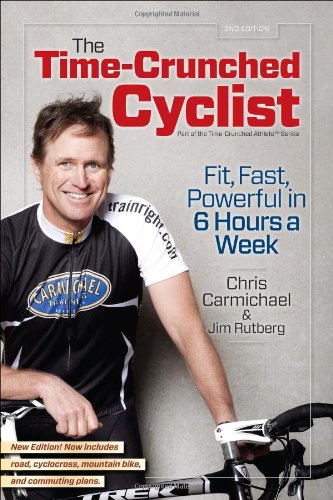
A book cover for The Time-Crunched Cyclist, 2nd Ed.: Fit, Fast, Powerful in 6 Hours a Week (The Time-Crunched Athlete); Chris Carmichael; Health, Fitness & Dieting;